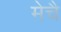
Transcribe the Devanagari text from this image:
मेचै